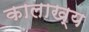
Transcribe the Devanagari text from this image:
कालाख्य